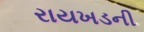
રાયખડની